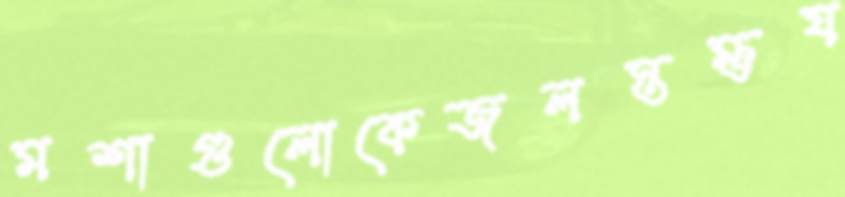
মশাগুলোকেজলস্তম্ভয